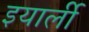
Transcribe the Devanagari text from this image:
इयार्ली